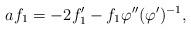
LaTeX: \begin{align*}af_1=-2f_1'-f_1\varphi''(\varphi')^{-1},\end{align*}